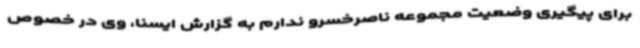
برای پیگیری وضعیت مجموعه ناصرخسرو ندارم به گزارش ایسنا، وی در خصوص